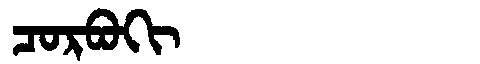
Manchu: ᠴᠣᡵᠪᠣᡴᡳ
Romanization: CORBOKI